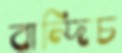
বান্দিচ